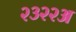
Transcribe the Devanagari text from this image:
२३२२अ